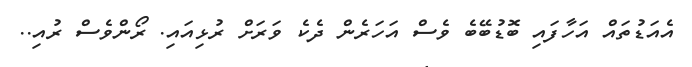
އެއަޑުތައް އަހާފައި ބޮޑުބޭބެ ވެސް އަހަރެން ދެކެ ވަރަށް ރުޅިއައި. ރޯންވެސް ރުއި..